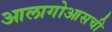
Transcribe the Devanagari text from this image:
आलागोआसची